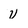
Character: V